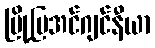
မြို့ပြအင်ဂျင်နီယာ